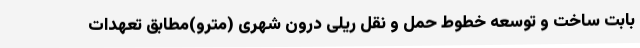
بابت ساخت و توسعه خطوط حمل و نقل ریلی درون شهری (مترو)مطابق تعهدات